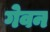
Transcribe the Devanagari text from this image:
गेवन